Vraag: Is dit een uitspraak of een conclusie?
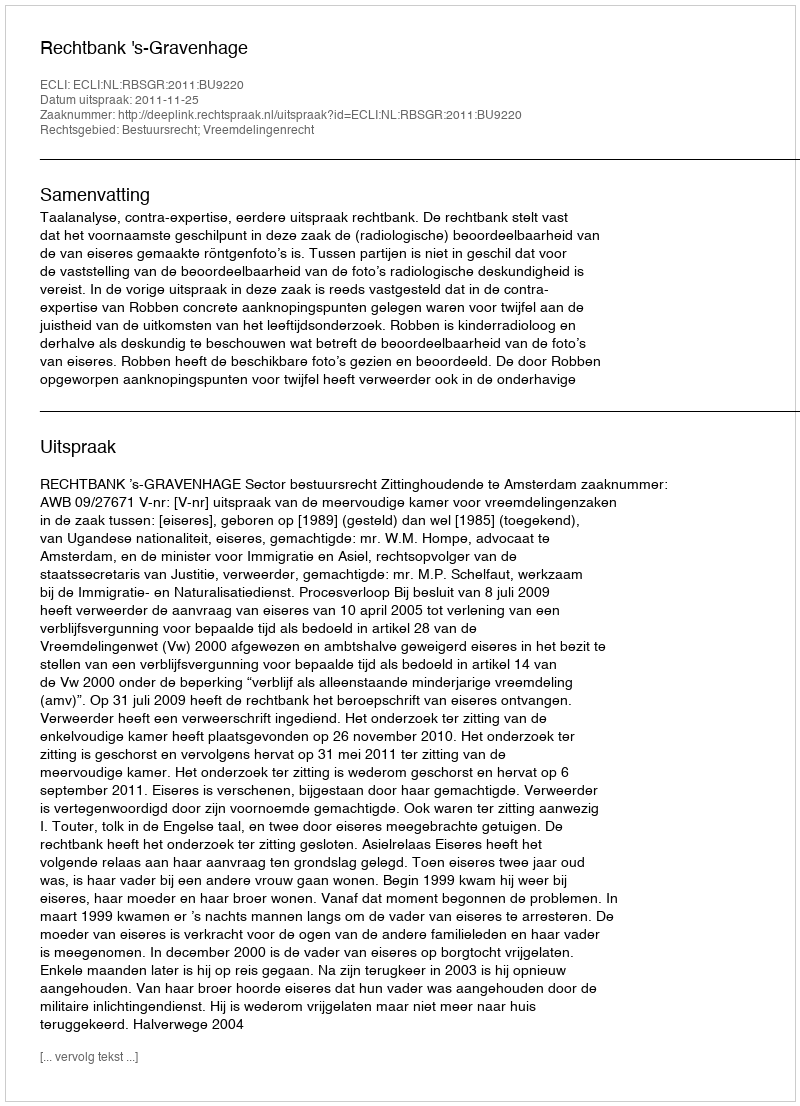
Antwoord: Uitspraak